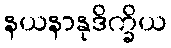
နယနာနုဒိက္ခိယ